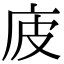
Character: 𢇳